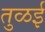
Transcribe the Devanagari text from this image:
तुळई